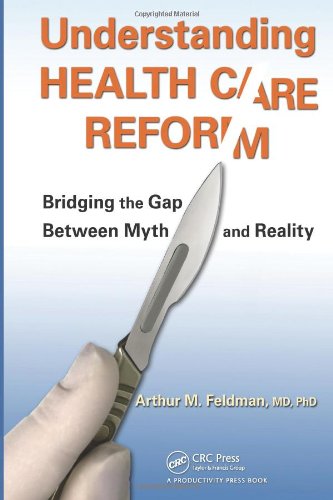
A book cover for Understanding Health Care Reform: Bridging the Gap Between Myth and Reality; Arthur M. Feldman  MD  PhD; Medical Books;